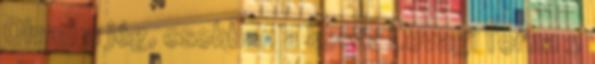
Olvad a jég, csobban a kosár Lovagi Torna 2